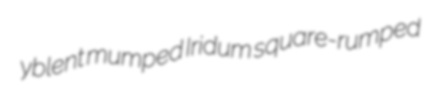
yblent mumped Iridum square-rumped